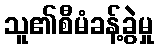
သူ၏စီမံခန့်ခွဲမှု